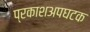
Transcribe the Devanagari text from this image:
प्रकाशअपघटक